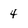
Character: 4